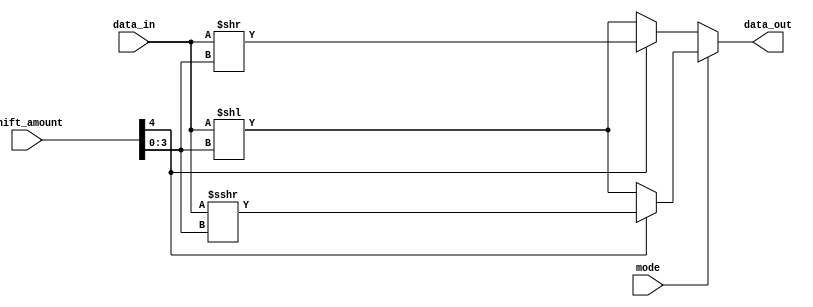
module Barrel_Shifter (
    input signed [31:0] data_in,
    input [4:0] shift_amount,
    input mode, // 0 for logical shift, 1 for arithmetic shift
    output signed [31:0] data_out
);

reg signed [31:0] temp_data;

always @(*) begin
    if (mode == 0) begin // logical shift
        if (shift_amount[4] == 1) begin // right shift
            temp_data = data_in >> shift_amount[3:0];
        end else begin // left shift
            temp_data = data_in << shift_amount[3:0];
        end
    end else begin // arithmetic shift
        if (shift_amount[4] == 1) begin // right shift
            temp_data = $signed($signed(data_in) >>> shift_amount[3:0]);
        end else begin // left shift
            temp_data = $signed($signed(data_in) << shift_amount[3:0]);
        end
    end
end

assign data_out = temp_data;

endmodule